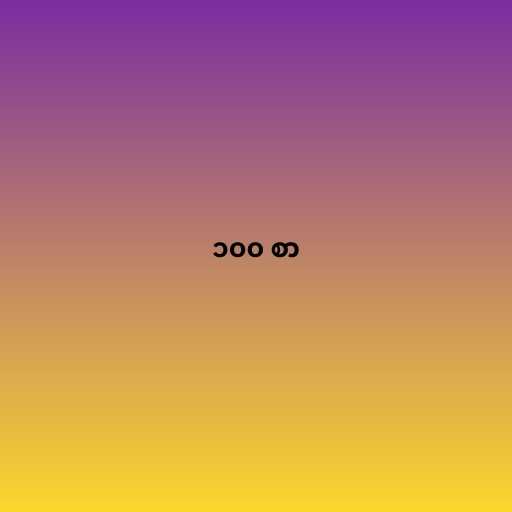
၁၀၀ စာ